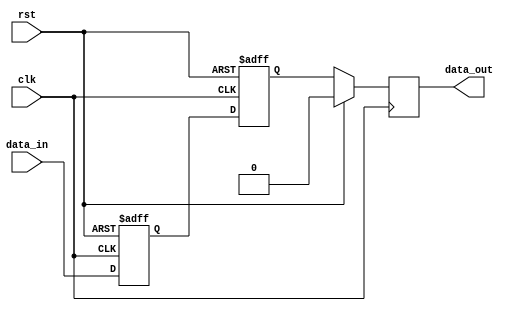
module two_flop_synchronizer (
  input wire clk,
  input wire rst,
  input wire data_in,
  output reg data_out
);

reg first_ff_out, second_ff_out;

always @(posedge clk or posedge rst) begin
  if (rst) begin
    first_ff_out <= 1'b0;
    second_ff_out <= 1'b0;
  end else begin
    first_ff_out <= data_in;
    second_ff_out <= first_ff_out;
  end
end

always @(posedge clk) begin
  if (rst) begin
    data_out <= 1'b0;
  end else begin
    data_out <= second_ff_out;
  end
end

endmodule